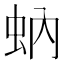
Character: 蚋